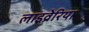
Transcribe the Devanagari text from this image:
लाइव्रेरिया